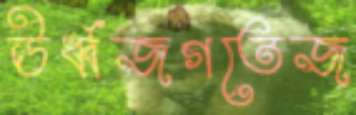
ঊর্ধ্বজগতেজ